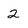
Character: 2